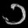
Digit: ၁